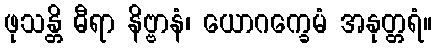
ဖုသန္တိ ဓီရာ နိဗ္ဗာနံ၊ ယောဂက္ခေမံ အနုတ္တရံ။